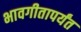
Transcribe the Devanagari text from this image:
भावगीतापर्यंत